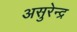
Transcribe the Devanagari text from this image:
असुरेन्द्र